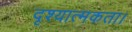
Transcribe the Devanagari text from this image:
दृश्यात्मकता।